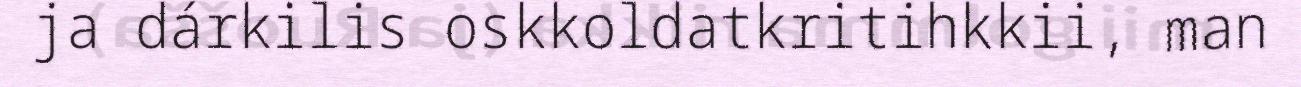
ja dárkilis oskkoldatkritihkkii, man